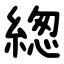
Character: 緫